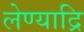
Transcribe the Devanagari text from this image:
लेण्याद्रि